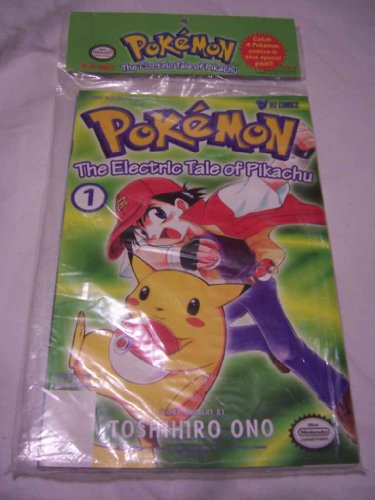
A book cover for Pokemon: The Electric Tale of Pikachu #1, 2, 3 and 4; Toshihiro Ono; Comics & Graphic Novels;